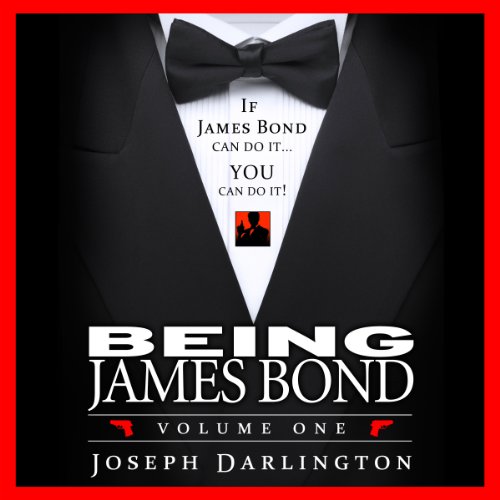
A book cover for Being James Bond: Volume One: Pocket Edition; Joseph Darlington; Sports & Outdoors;